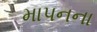
માપનના